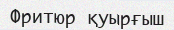
Фритюр қуырғыш